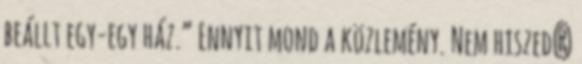
beállt egy-egy ház.” Ennyit mond a közlemény. Nem hiszed?